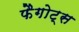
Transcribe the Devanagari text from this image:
फैगोट्स